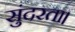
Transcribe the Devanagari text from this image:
सुंदरता।